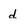
Character: d